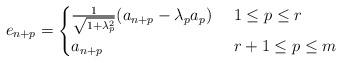
LaTeX: \begin{align*}e_{n+p} =\begin{cases}\frac{1}{\sqrt{1+\lambda_p^2}}(a_{n+p} -\lambda_pa_{p})& \,\,1 \le p \le r\\a_ {n+p}& \,\,r+1 \le p \le m\end{cases}\end{align*}